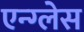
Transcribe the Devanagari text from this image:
एन्ग्लेस